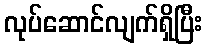
လုပ်ဆောင်လျက်ရှိပြီး